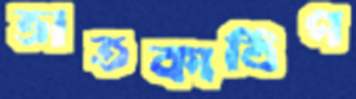
ভাতকাঠিপ